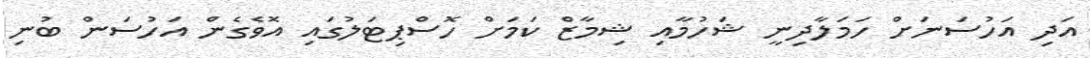
އަދި އަހުސަނަށް ހަމަލާދިނީ ޝަހުމާއި ޝިމާޒް ކަމަށް ހޮސްޕިޓަލުގައި އޮވެގެން އަހުސަން ބުނި